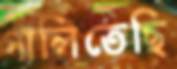
গালিতেছি